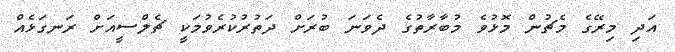
އަދި މިރޭގެ މެޗުން މޮޅުވެ މުބާރާތުގެ ދެވަނަ ބުރަށް ދަތުރުކުރެވުމަކީ ޗެލްސީއަށް ރަނގަޅެއް